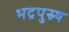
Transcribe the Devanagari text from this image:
भद्रपुस्र्ष